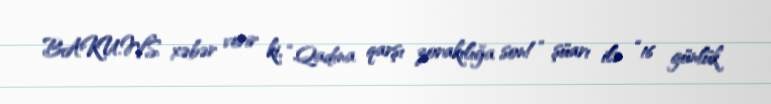
BAKU.WS xəbər verir ki, “Qadına qarşı zorakılığa son!” şüarı ilə “16 günlük